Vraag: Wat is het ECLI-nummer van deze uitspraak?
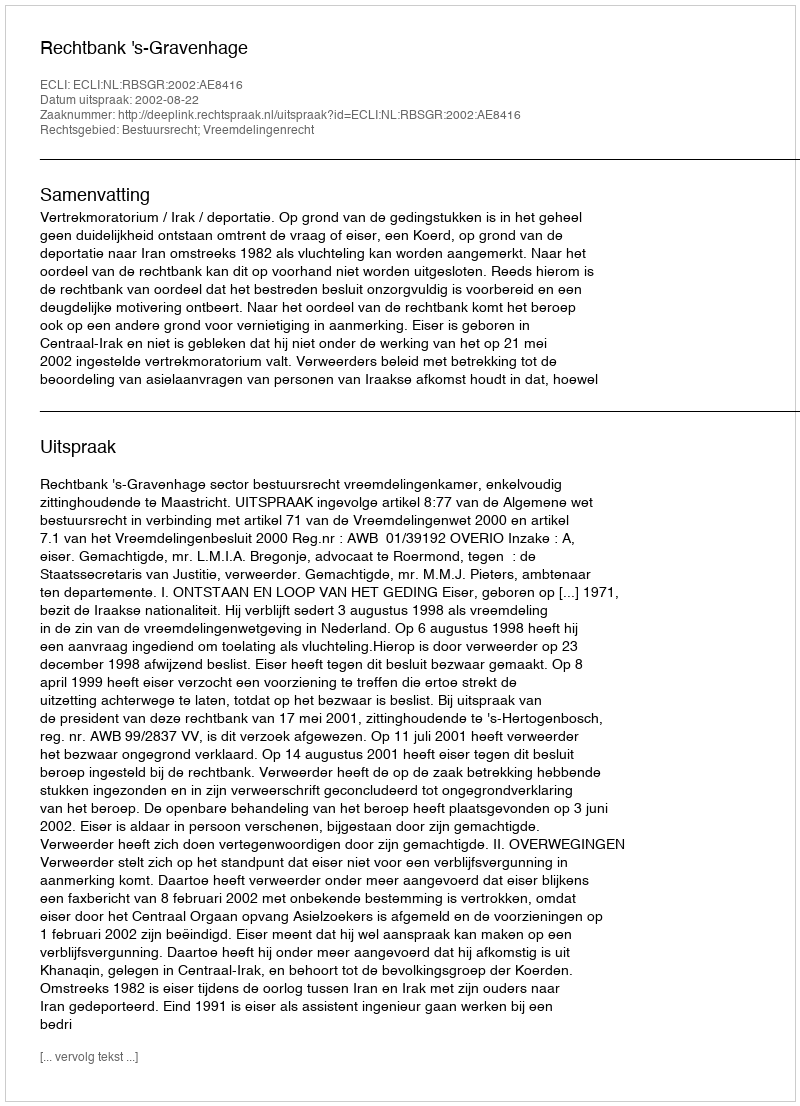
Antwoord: ECLI:NL:RBSGR:2002:AE8416